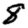
Digit: 8